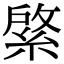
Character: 綮